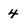
Character: 4